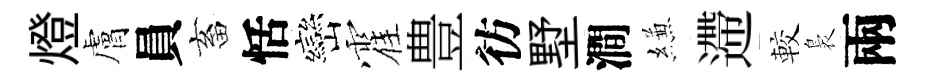
燈膚員畜恬巒霍豊彷墅澗縑遰較裊兩